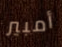
أمبير